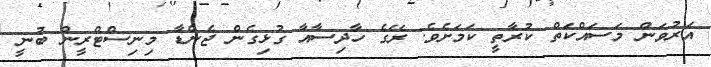
އަރުވަން މަސައްކަތް ކުރާތީ ކަމަށެވެ. ރޭގެ ހާދިސާއާ ގުޅިގެން ޖެންޑާ މިނިސްޓްރީން ބުނީ